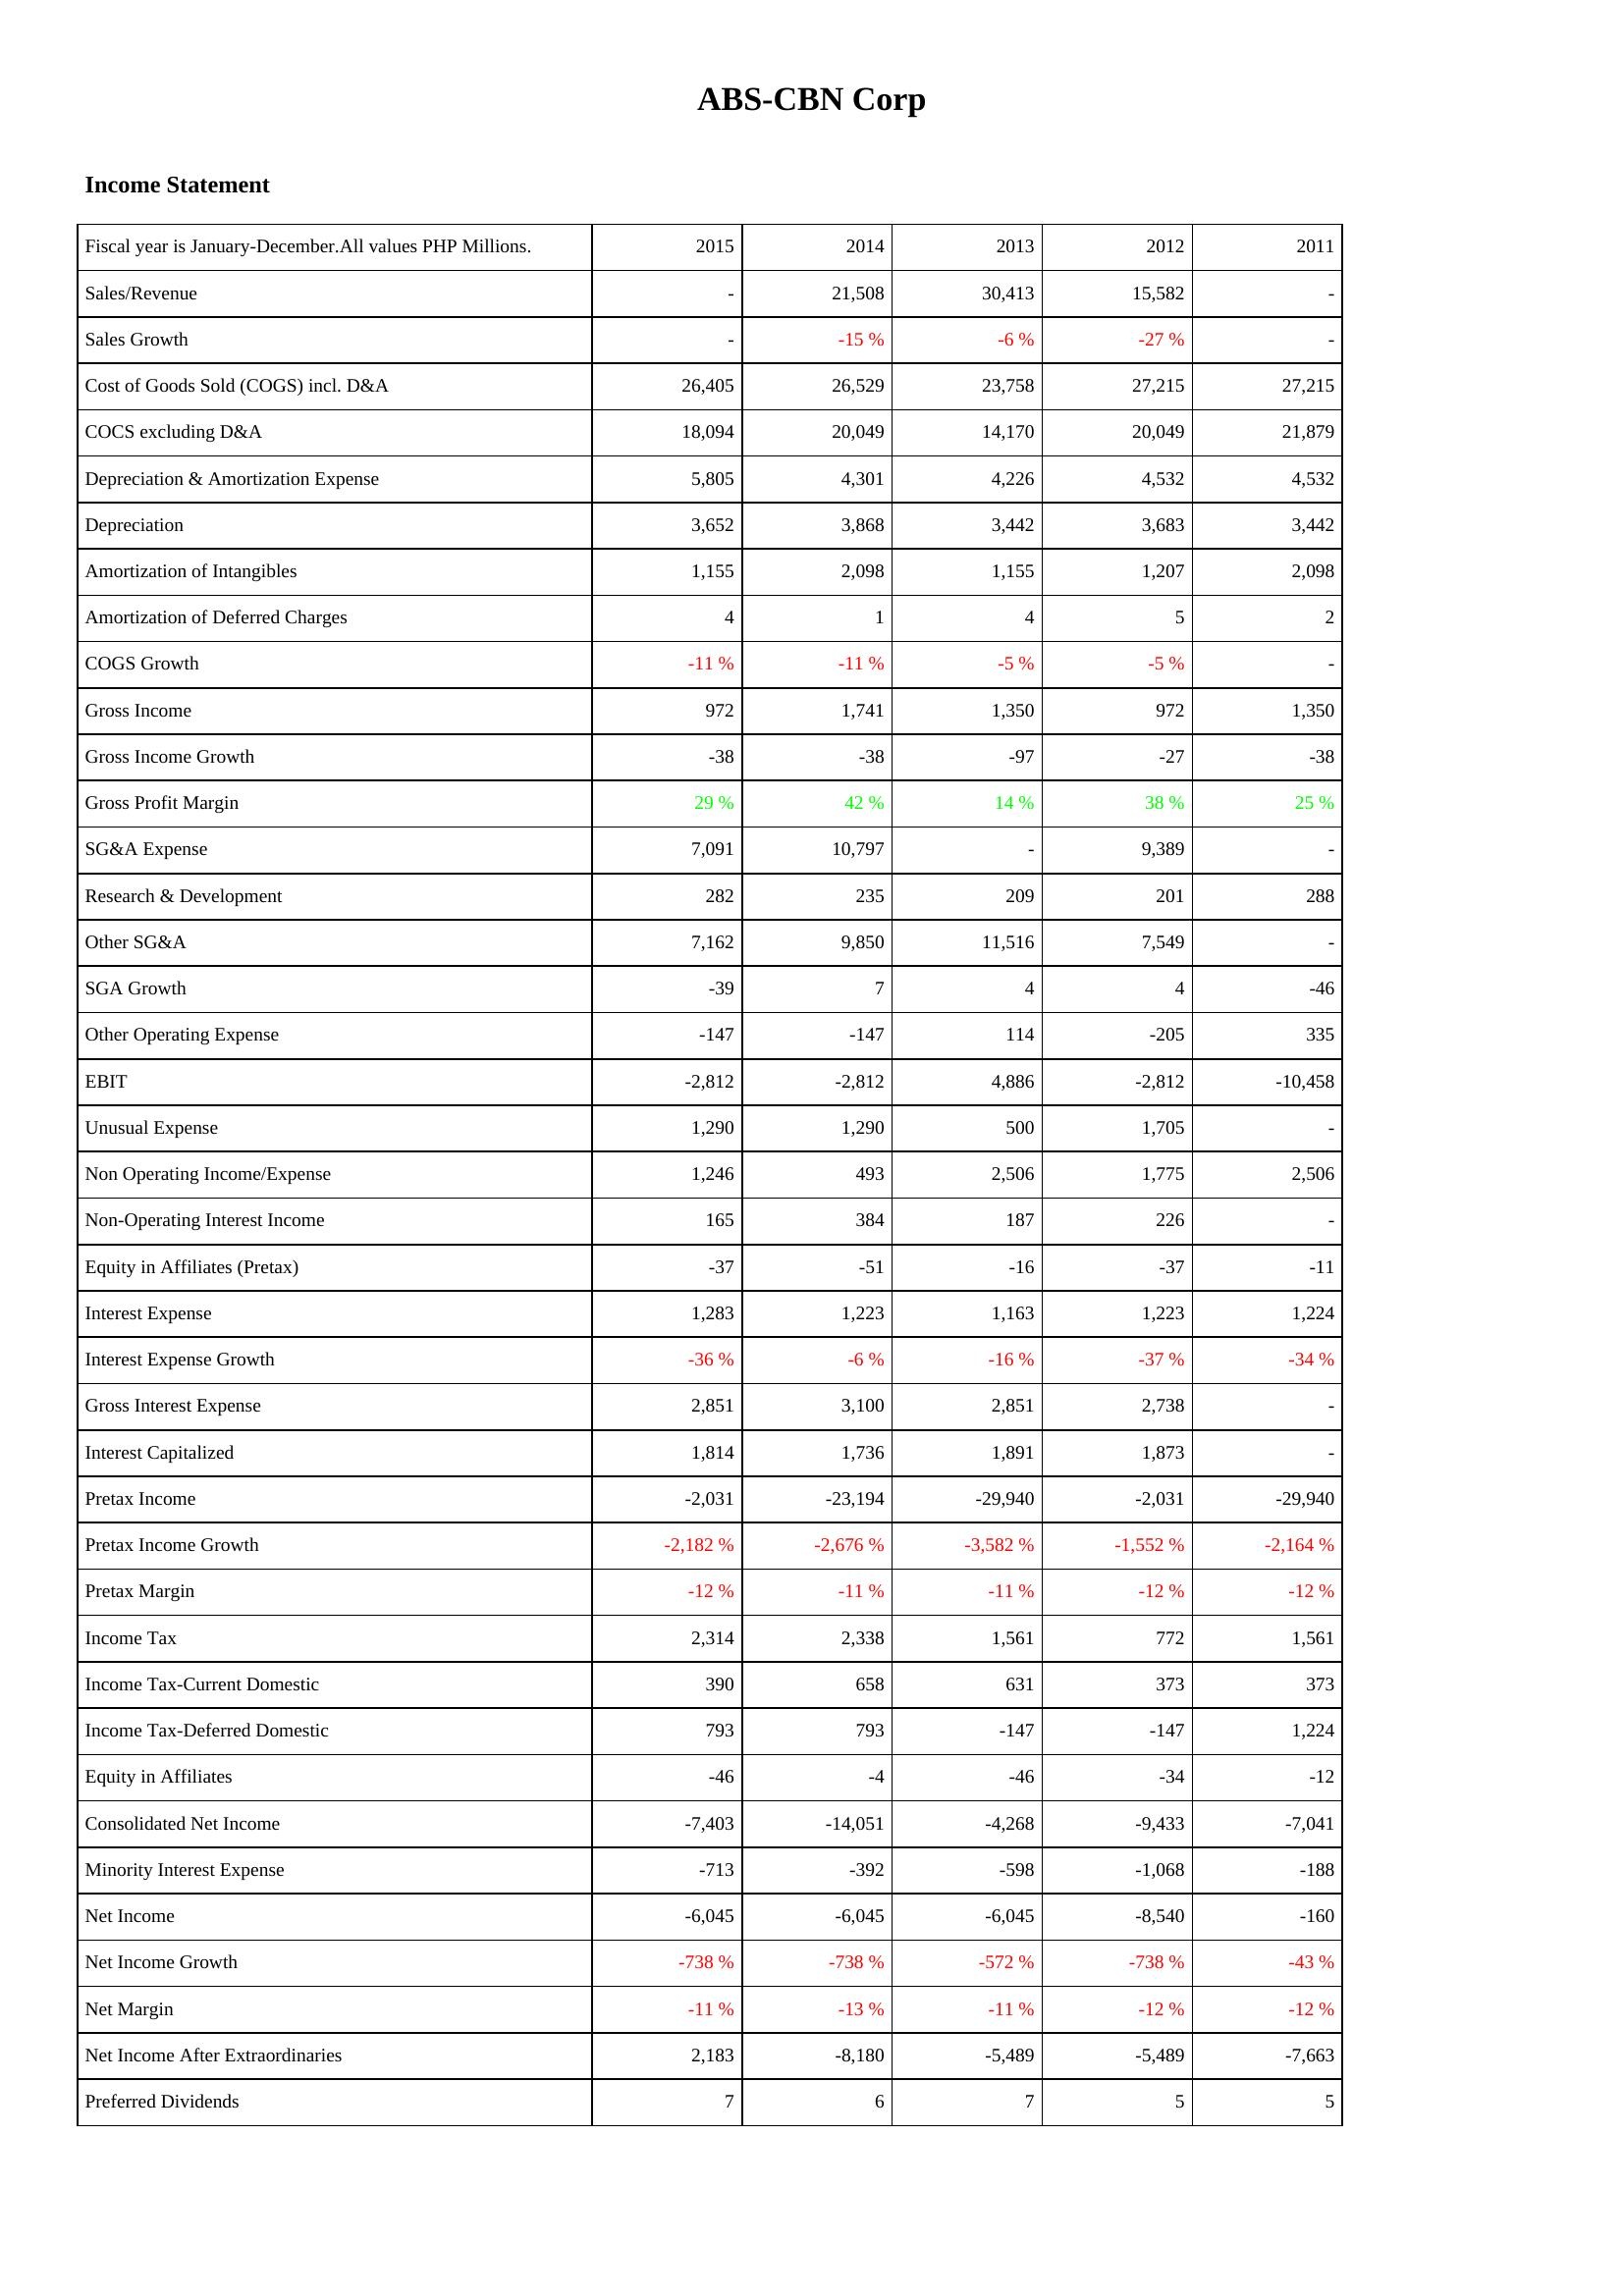
2015: Income Statement: Sales/Revenue: -
Sales Growth: -
Cost of Goods Sold (COGS) incl. D&A: 26,405
COCS excluding D&A: 18,094
Depreciation & Amortization Expense: 5,805
Depreciation: 3,652
Amortization of Intangibles: 1,155
Amortization of Deferred Charges: 4
COGS Growth: -11 %
Gross Income: 972
Gross Income Growth: -38
Gross Profit Margin: 29 %
SG&A Expense: 7,091
Research & Development: 282
Other SG&A: 7,162
SGA Growth: -39
Other Operating Expense: -147
EBIT: -2,812
Unusual Expense: 1,290
Non Operating Income/Expense: 1,246
Non-Operating Interest Income: 165
Equity in Affiliates (Pretax): -37
Interest Expense: 1,283
Interest Expense Growth: -36 %
Gross Interest Expense: 2,851
Interest Capitalized: 1,814
Pretax Income: -2,031
Pretax Income Growth: -2,182 %
Pretax Margin: -12 %
Income Tax: 2,314
Income Tax-Current Domestic: 390
Income Tax-Deferred Domestic: 793
Equity in Affiliates: -46
Consolidated Net Income: -7,403
Minority Interest Expense: -713
Net Income: -6,045
Net Income Growth: -738 %
Net Margin: -11 %
Net Income After Extraordinaries: 2,183
Preferred Dividends: 7
2014: Income Statement: Sales/Revenue: 21,508
Sales Growth: -15 %
Cost of Goods Sold (COGS) incl. D&A: 26,529
COCS excluding D&A: 20,049
Depreciation & Amortization Expense: 4,301
Depreciation: 3,868
Amortization of Intangibles: 2,098
Amortization of Deferred Charges: 1
COGS Growth: -11 %
Gross Income: 1,741
Gross Income Growth: -38
Gross Profit Margin: 42 %
SG&A Expense: 10,797
Research & Development: 235
Other SG&A: 9,850
SGA Growth: 7
Other Operating Expense: -147
EBIT: -2,812
Unusual Expense: 1,290
Non Operating Income/Expense: 493
Non-Operating Interest Income: 384
Equity in Affiliates (Pretax): -51
Interest Expense: 1,223
Interest Expense Growth: -6 %
Gross Interest Expense: 3,100
Interest Capitalized: 1,736
Pretax Income: -23,194
Pretax Income Growth: -2,676 %
Pretax Margin: -11 %
Income Tax: 2,338
Income Tax-Current Domestic: 658
Income Tax-Deferred Domestic: 793
Equity in Affiliates: -4
Consolidated Net Income: -14,051
Minority Interest Expense: -392
Net Income: -6,045
Net Income Growth: -738 %
Net Margin: -13 %
Net Income After Extraordinaries: -8,180
Preferred Dividends: 6
2013: Income Statement: Sales/Revenue: 30,413
Sales Growth: -6 %
Cost of Goods Sold (COGS) incl. D&A: 23,758
COCS excluding D&A: 14,170
Depreciation & Amortization Expense: 4,226
Depreciation: 3,442
Amortization of Intangibles: 1,155
Amortization of Deferred Charges: 4
COGS Growth: -5 %
Gross Income: 1,350
Gross Income Growth: -97
Gross Profit Margin: 14 %
SG&A Expense: -
Research & Development: 209
Other SG&A: 11,516
SGA Growth: 4
Other Operating Expense: 114
EBIT: 4,886
Unusual Expense: 500
Non Operating Income/Expense: 2,506
Non-Operating Interest Income: 187
Equity in Affiliates (Pretax): -16
Interest Expense: 1,163
Interest Expense Growth: -16 %
Gross Interest Expense: 2,851
Interest Capitalized: 1,891
Pretax Income: -29,940
Pretax Income Growth: -3,582 %
Pretax Margin: -11 %
Income Tax: 1,561
Income Tax-Current Domestic: 631
Income Tax-Deferred Domestic: -147
Equity in Affiliates: -46
Consolidated Net Income: -4,268
Minority Interest Expense: -598
Net Income: -6,045
Net Income Growth: -572 %
Net Margin: -11 %
Net Income After Extraordinaries: -5,489
Preferred Dividends: 7
2012: Income Statement: Sales/Revenue: 15,582
Sales Growth: -27 %
Cost of Goods Sold (COGS) incl. D&A: 27,215
COCS excluding D&A: 20,049
Depreciation & Amortization Expense: 4,532
Depreciation: 3,683
Amortization of Intangibles: 1,207
Amortization of Deferred Charges: 5
COGS Growth: -5 %
Gross Income: 972
Gross Income Growth: -27
Gross Profit Margin: 38 %
SG&A Expense: 9,389
Research & Development: 201
Other SG&A: 7,549
SGA Growth: 4
Other Operating Expense: -205
EBIT: -2,812
Unusual Expense: 1,705
Non Operating Income/Expense: 1,775
Non-Operating Interest Income: 226
Equity in Affiliates (Pretax): -37
Interest Expense: 1,223
Interest Expense Growth: -37 %
Gross Interest Expense: 2,738
Interest Capitalized: 1,873
Pretax Income: -2,031
Pretax Income Growth: -1,552 %
Pretax Margin: -12 %
Income Tax: 772
Income Tax-Current Domestic: 373
Income Tax-Deferred Domestic: -147
Equity in Affiliates: -34
Consolidated Net Income: -9,433
Minority Interest Expense: -1,068
Net Income: -8,540
Net Income Growth: -738 %
Net Margin: -12 %
Net Income After Extraordinaries: -5,489
Preferred Dividends: 5
2011: Income Statement: Sales/Revenue: -
Sales Growth: -
Cost of Goods Sold (COGS) incl. D&A: 27,215
COCS excluding D&A: 21,879
Depreciation & Amortization Expense: 4,532
Depreciation: 3,442
Amortization of Intangibles: 2,098
Amortization of Deferred Charges: 2
COGS Growth: -
Gross Income: 1,350
Gross Income Growth: -38
Gross Profit Margin: 25 %
SG&A Expense: -
Research & Development: 288
Other SG&A: -
SGA Growth: -46
Other Operating Expense: 335
EBIT: -10,458
Unusual Expense: -
Non Operating Income/Expense: 2,506
Non-Operating Interest Income: -
Equity in Affiliates (Pretax): -11
Interest Expense: 1,224
Interest Expense Growth: -34 %
Gross Interest Expense: -
Interest Capitalized: -
Pretax Income: -29,940
Pretax Income Growth: -2,164 %
Pretax Margin: -12 %
Income Tax: 1,561
Income Tax-Current Domestic: 373
Income Tax-Deferred Domestic: 1,224
Equity in Affiliates: -12
Consolidated Net Income: -7,041
Minority Interest Expense: -188
Net Income: -160
Net Income Growth: -43 %
Net Margin: -12 %
Net Income After Extraordinaries: -7,663
Preferred Dividends: 5